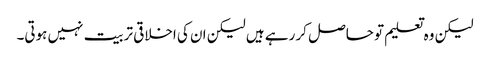
لیکن وہ تعلیم تو حاصل کر رہے ہیں لیکن ان کی اخلاقی تربیت نہیں ہوتی۔